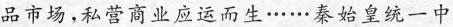
品市场，私营商业应运而生……秦始皇统一中